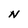
Character: N